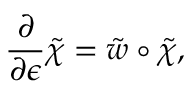
\frac { \partial } { \partial \epsilon } \tilde { \chi } = \tilde { w } \circ \tilde { \chi } ,